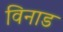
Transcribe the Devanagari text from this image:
विनाड